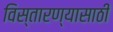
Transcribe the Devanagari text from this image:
विस्तारण्यासाठी